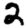
Digit: 2